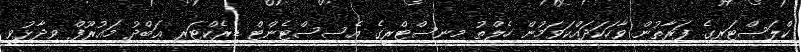
ކްލަސްޓަރގެ ފަރާތުން ވާހަކަދައްކަވަމުން ހެލްތު މިނިސްޓްރީގެ އެސިސްޓެންޓް ޑިރެކްޓަރ ޢަބްދު މައުރޫފް ވިދާޅުވީ